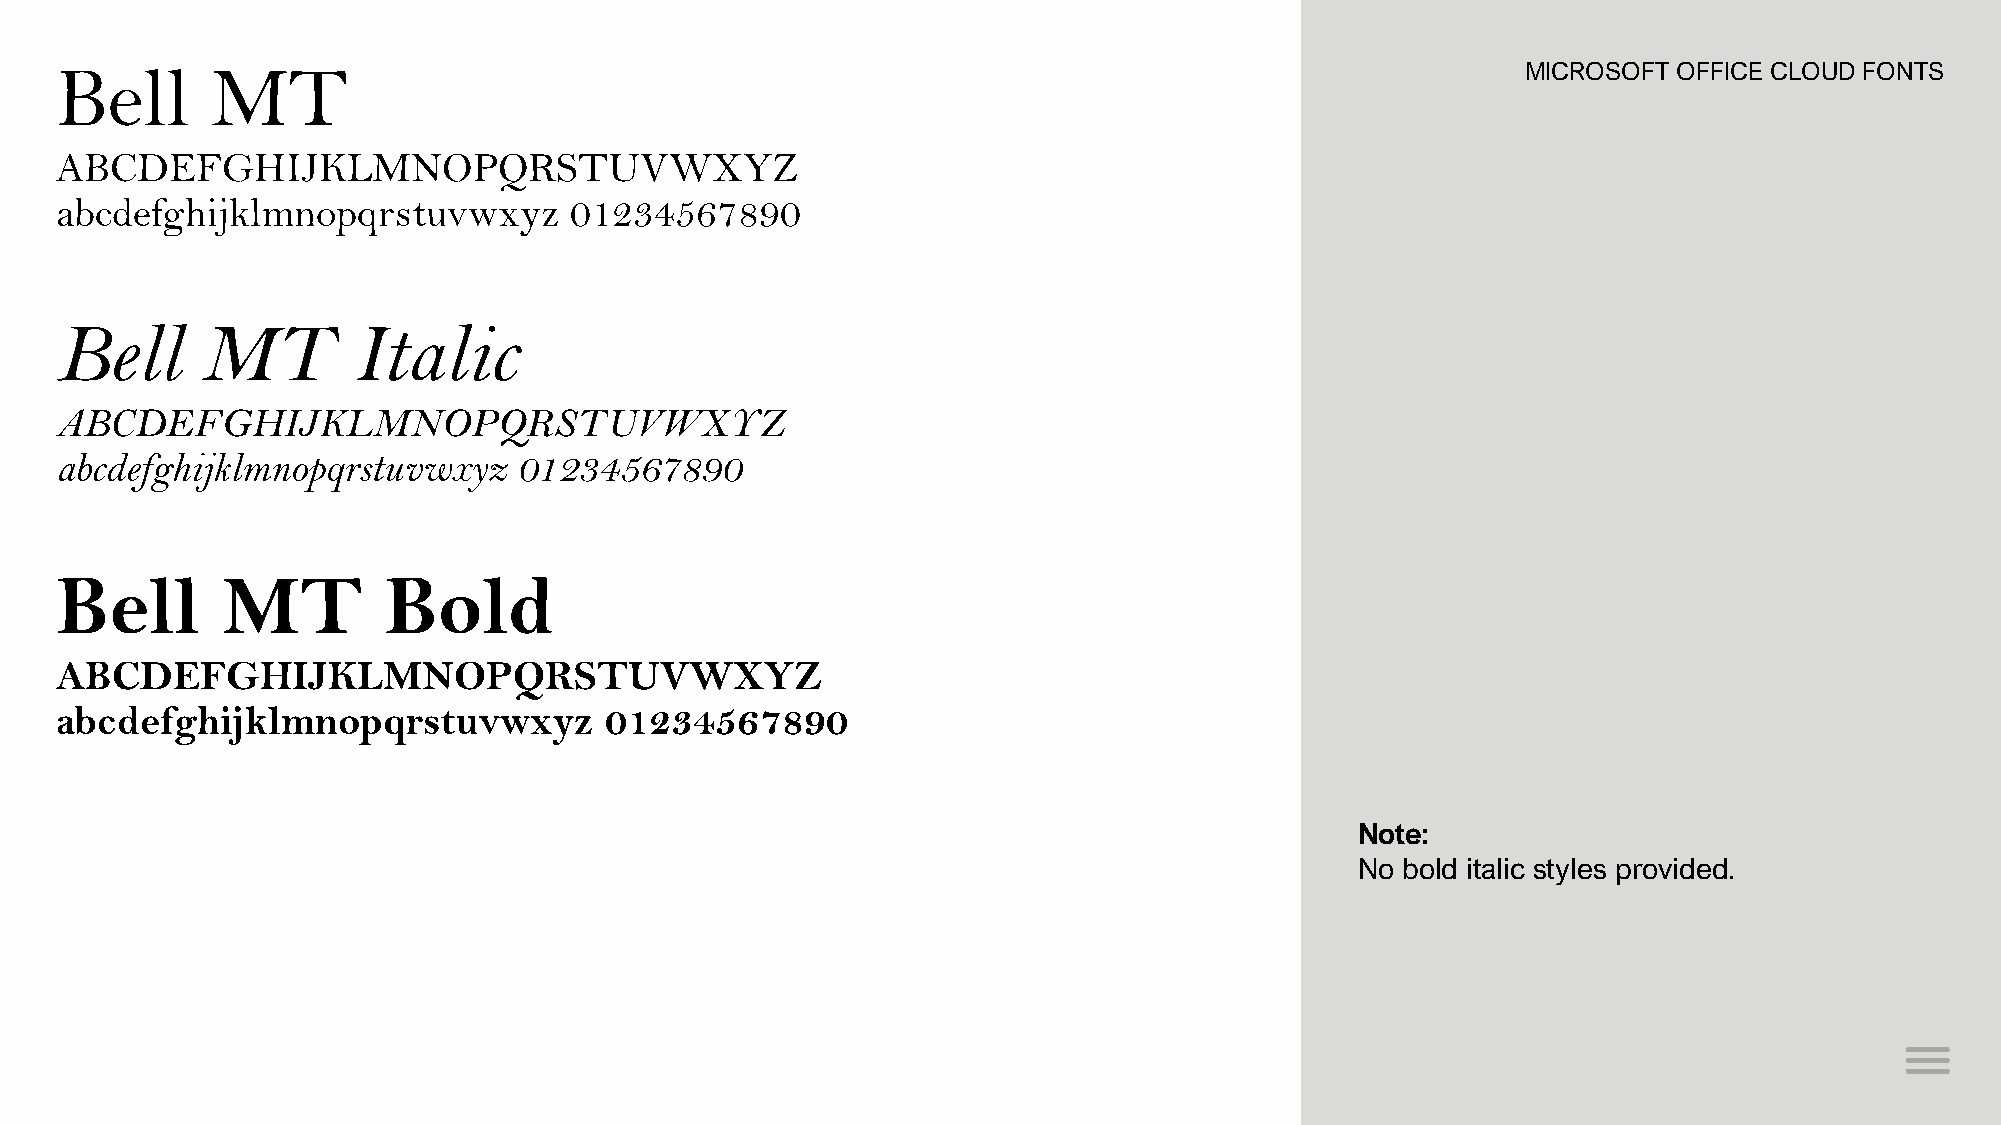
Bell      MT                                                                                     MICROSOFT OFFICE CLOUD FONTS
 ABCDEFGHIJKLMNOPQRSTUVWXYZ
 abcdefghijklmnopqrstuvwxyz        01234567890
 Bell     MT        Italic
 ABCDEFGHIJKLMNOPQRSTUVWXYZ
 abcdefghijklmnopqrstuvwxyz    01234567890
 Bell       MT        Bold
 ABCDEFGHIJKLMNOPQRSTUVWXYZ
 abcdefghijklmnopqrstuvwxyz          01234567890
 Note:
 No bold italic styles provided.